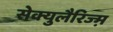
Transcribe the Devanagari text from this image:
सेक्युलैरिज्म़